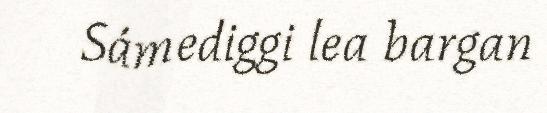
Sámediggi lea bargan